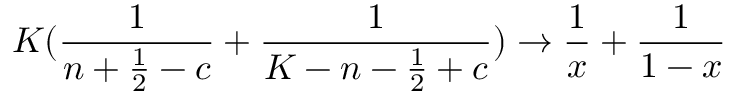
K ( { \frac { 1 } { n + { \frac { 1 } { 2 } } - c } } + { \frac { 1 } { K - n - { \frac { 1 } { 2 } } + c } } ) \rightarrow { \frac { 1 } { x } } + { \frac { 1 } { 1 - x } }